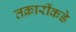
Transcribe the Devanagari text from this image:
तक्रारींकडे